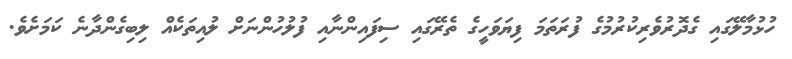
ހުޅުމާލޭގައި ގެދޮރުވެރިކުރުމުގެ ފުރަތަމަ ފިޔަވަހީގެ ތެރޭގައި ސިފައިންނާއި ފުލުހުންނަށް ލުއިތަކެއް ލިބިގެންދާނެ ކަމަށެވެ.